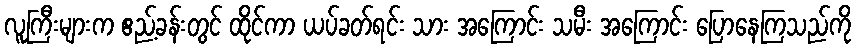
လူကြီးများက ဧည့်ခန်းတွင် ထိုင်ကာ ယပ်ခတ်ရင်း သား အကြောင်း သမီး အကြောင်း ပြောနေကြသည်ကို